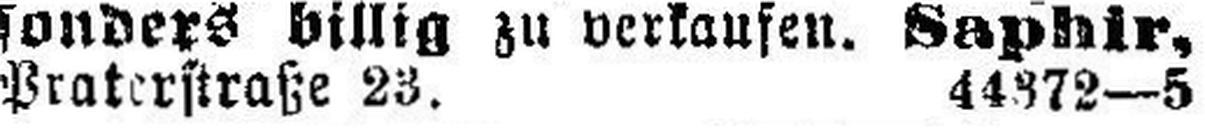
Praterstraße 23. 44372—5